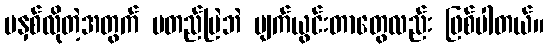
မနှစ်လိုတဲ့အတွက် မတည်မြဲဘဲ ပျက်ယွင်းတာတွေလည်း ဖြစ်ပါတယ်။